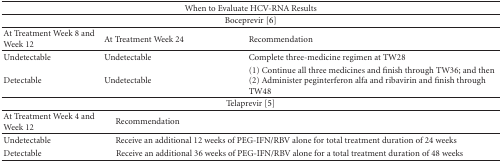
<table><thead><tr><td colspan="3"><b>When to Evaluate HCV-RNA Results</b></td></tr></thead><tbody><tr><td> </td><td>Boceprevir [6]</td><td> </td></tr><tr><td>At Treatment Week 8 and Week 12</td><td>At Treatment Week 24</td><td>Recommendation</td></tr><tr><td>Undetectable</td><td>Undetectable</td><td>Complete three-medicine regimen at TW28</td></tr><tr><td>Detectable</td><td>Undetectable </td><td>(1) Continue all three medicines and finish through TW36; and then(2) Administer peginterferon alfa and ribavirin and finish through TW48</td></tr><tr><td> </td><td>Telaprevir [5]</td><td> </td></tr><tr><td>At Treatment Week 4 and Week 12</td><td colspan="2">Recommendation</td></tr><tr><td>Undetectable </td><td colspan="2">Receive an additional 12 weeks of PEG-IFN/RBV alone for total treatment duration of 24 weeks </td></tr><tr><td>Detectable </td><td colspan="2">Receive an additional 36 weeks of PEG-IFN/RBV alone for a total treatment duration of 48 weeks </td></tr></tbody></table>